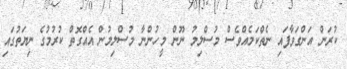
ކުރަން އަންގަވާފައި ނެތްކަމެއްވެސް މުސްލިމު ނޫން މީހުންނާ މުސްލިމުން އެއްގޮތް ކުރުމުގެ ނިޔަތުގައި